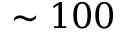
\sim 1 0 0